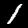
Digit: 1